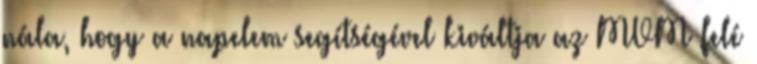
nála, hogy a napelem segítségével kiváltja az MVM felé